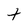
Character: t